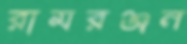
রামরঞ্জন